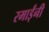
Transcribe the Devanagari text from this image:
रमाईंनी